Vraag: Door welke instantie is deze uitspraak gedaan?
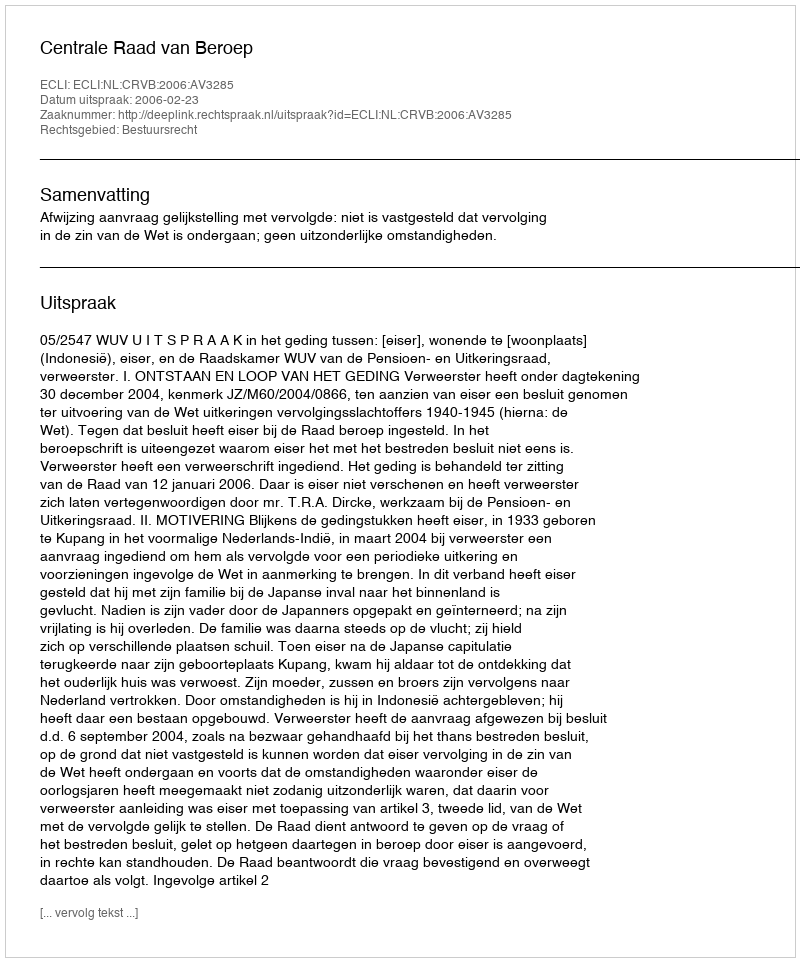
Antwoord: Centrale Raad van Beroep